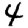
Digit: 4